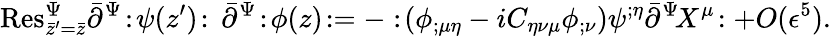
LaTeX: \mathrm{Res}_{\bar{z}^{\prime}=\bar{z}}^{\Psi}\bar{\partial}^{\Psi}\! :\! \psi(z^{\prime})\! :\, \bar{\partial}^{\Psi}\! :\! \phi(z)\! :=-:\! (\phi_{;\mu\eta}-iC_{\eta\nu\mu}\phi_{;\nu})\psi^{;\eta}\bar{\partial}^{\Psi}\! X^{\mu}\! :+O(\epsilon^{5}).